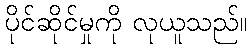
ပိုင်ဆိုင်မှုကို လုယူသည်။